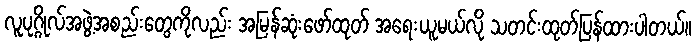
လူပုဂ္ဂိုလ်အဖွဲ့အစည်းတွေကိုလည်း အမြန်ဆုံးဖော်ထုတ် အရေးယူမယ်လို သတင်းထုတ်ပြန်ထားပါတယ်။